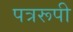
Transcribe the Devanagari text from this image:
पत्ररूपी